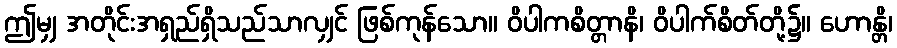
ဤမျှ အတိုင်းအရှည်ရှိသည်သာလျှင် ဖြစ်ကုန်သော။ ဝိပါကစိတ္တာနိ၊ ဝိပါက်စိတ်တို့၌။ ဟောန္တိ၊